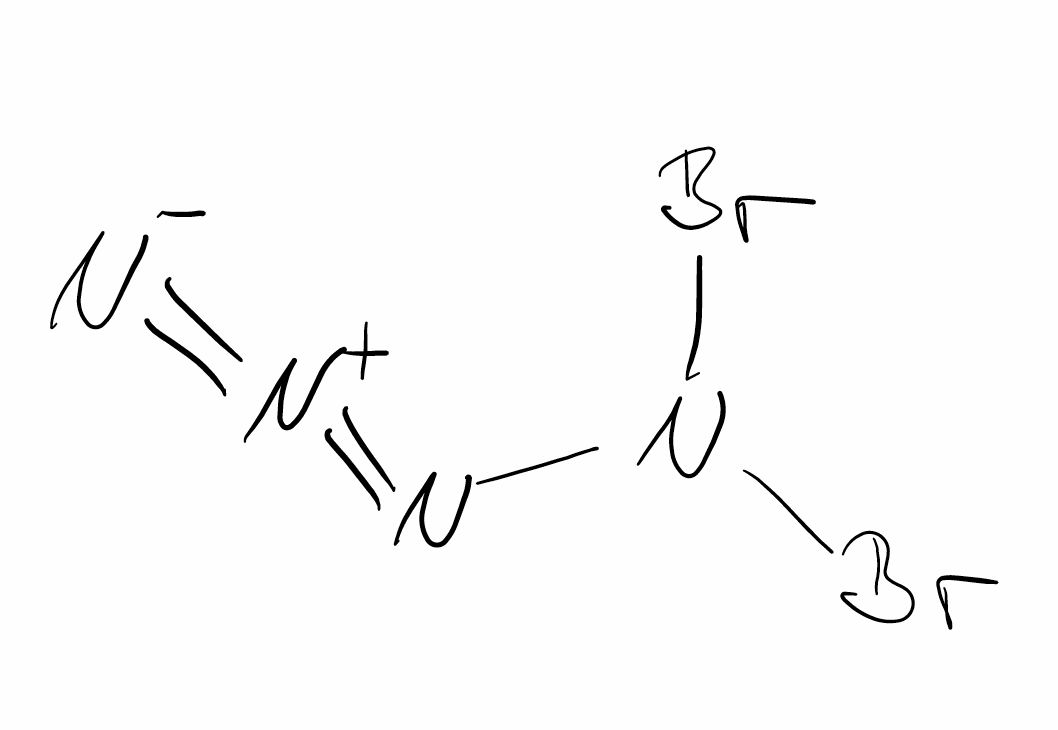
Simplified molecular-input line-entry system (SMILES) notation of the given molecule:
[N-]=[N+]=NN(Br)Br